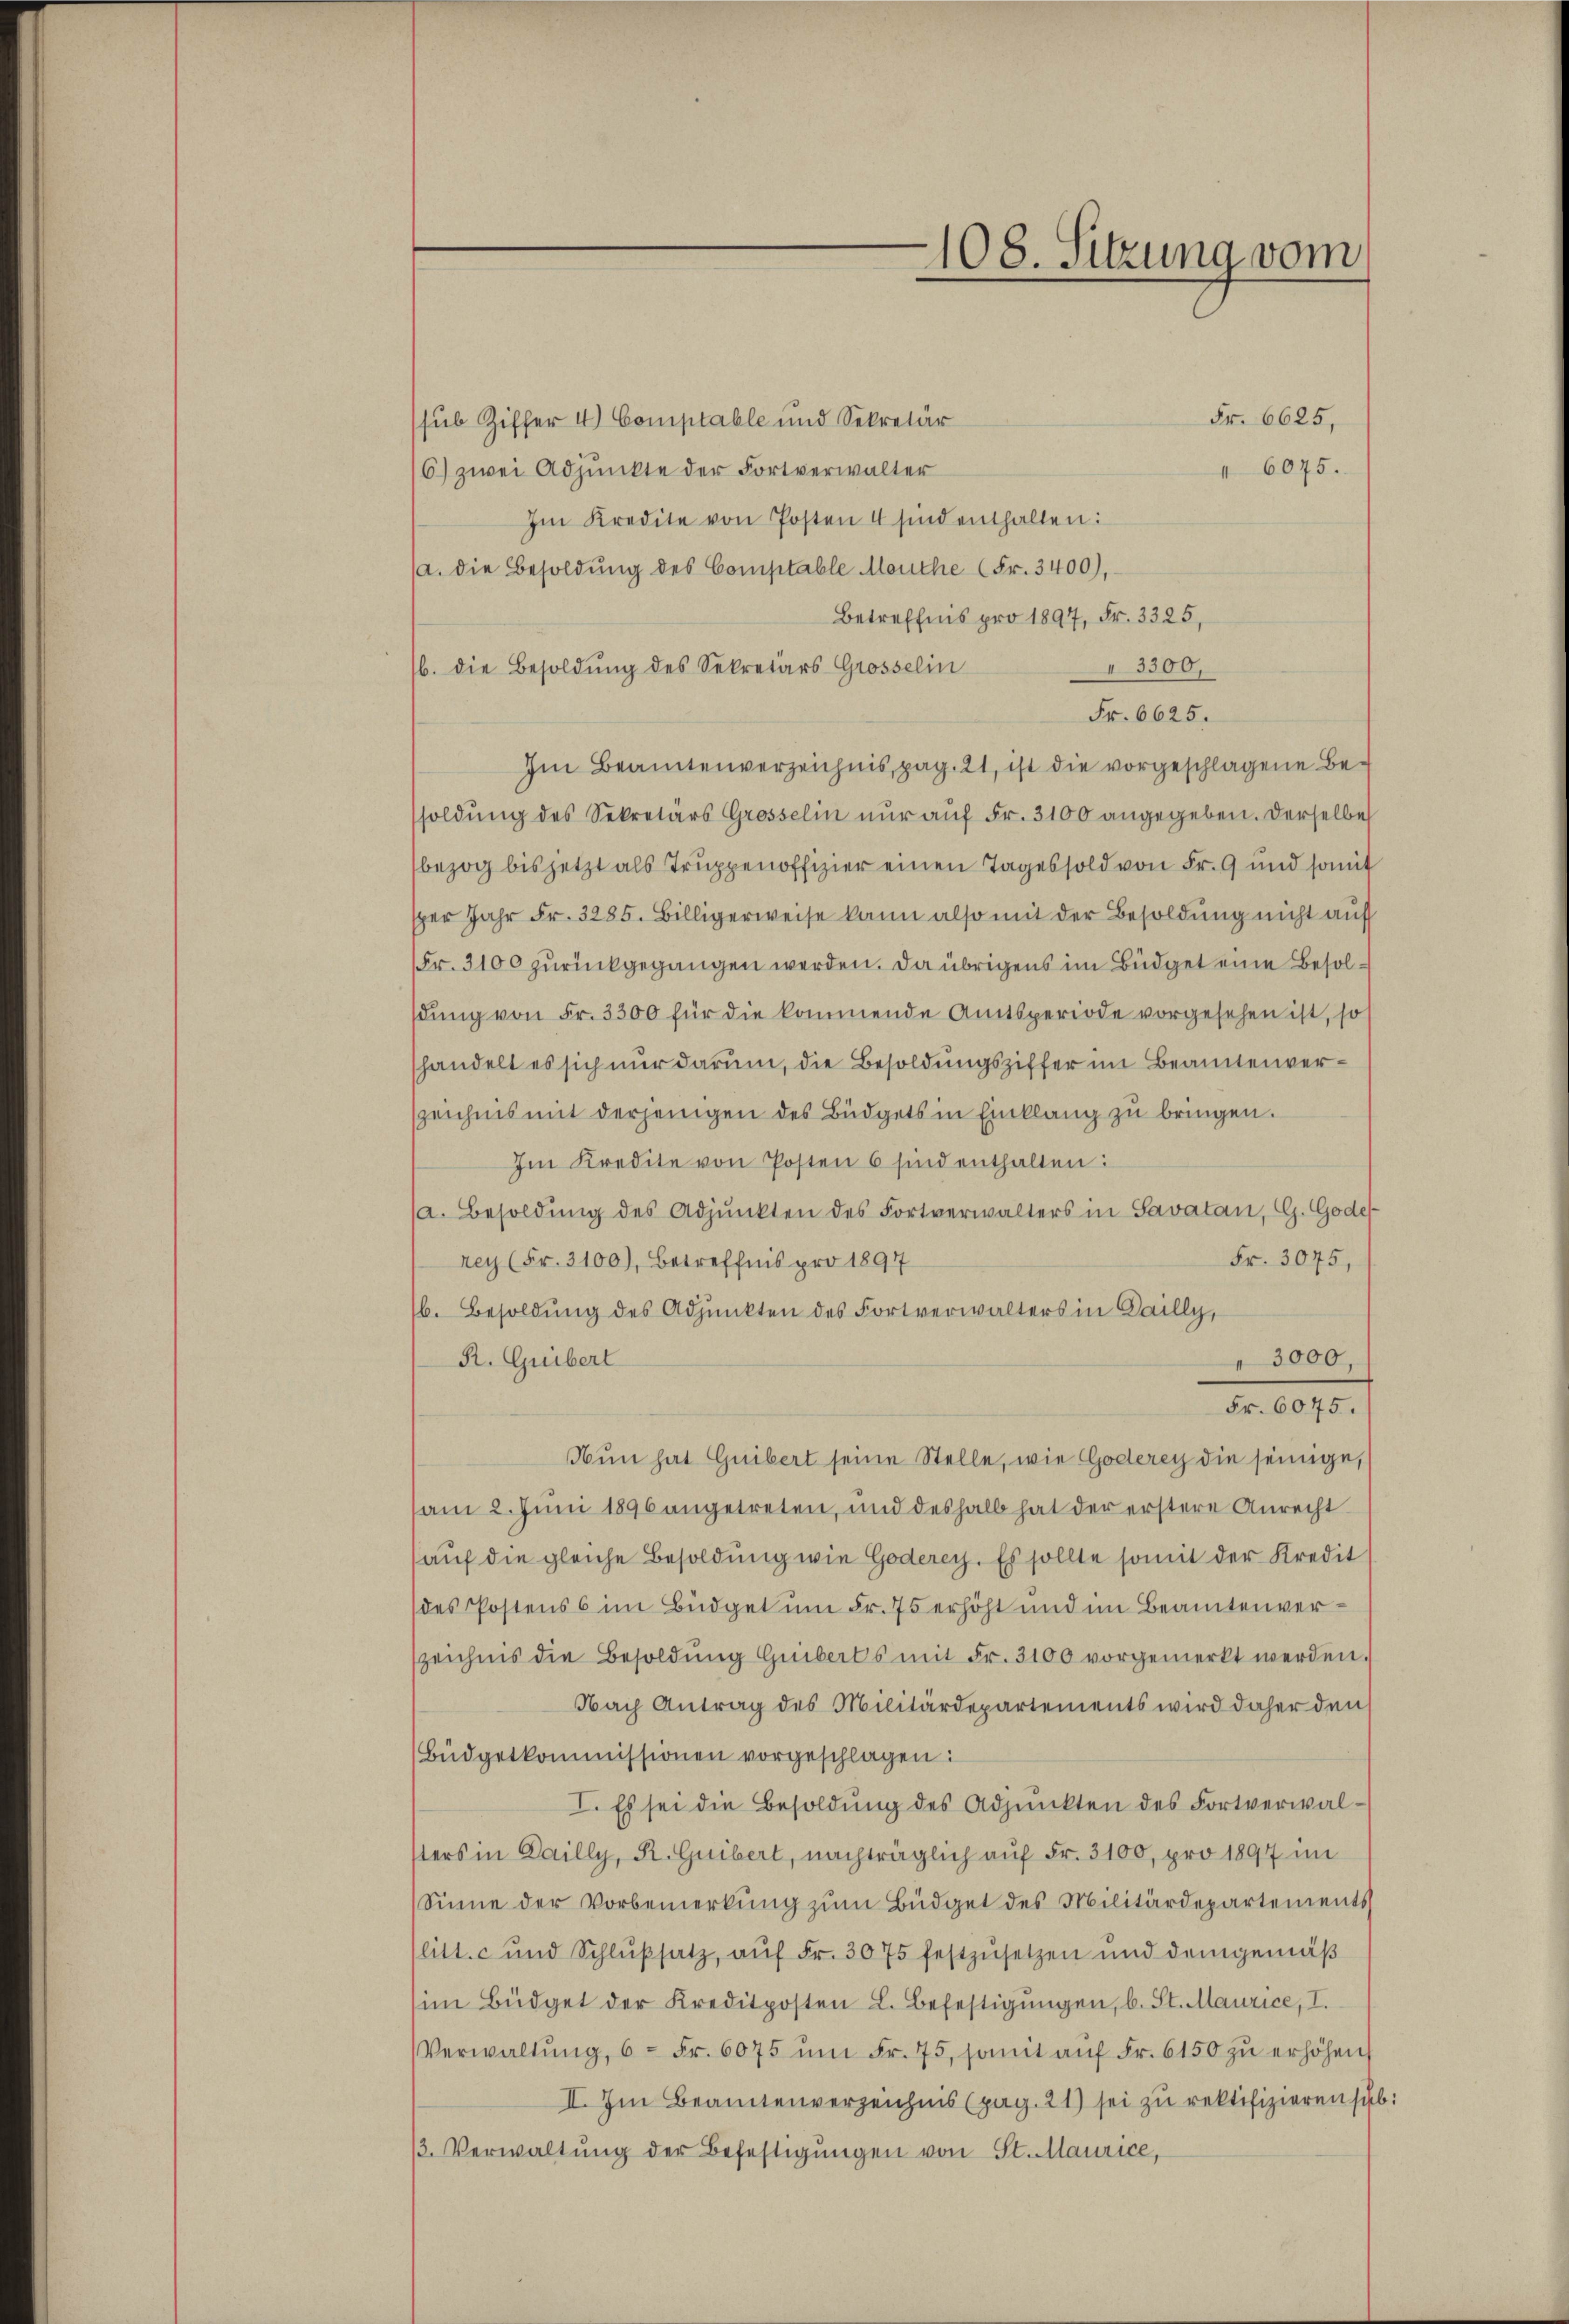
Fr. 6625,
sub Ziffer 4.) Comptable und Sekretär
6) zwei Adjunkte der Fortverwalter
46075.
Im Kredite von Posten 4 sind enthalten:
(a. die Besoldŭng des Comptable Mauthe (Fr. 3400),
Betreffnis pro 1894, Fr. 3325,
b. die Besoldŭng des Sekretärs Grosselin
3300,
Fr. 6625.
Im Beamtenverzeichnis, pag. 21, ist die vorgeschlagene Besoldung des Sekretärs Grosselin nŭr aŭf Fr. 3100 angegeben. Derselbe
bezog bis jetzt als Truppenoffizier einen Tages sold von Fr. 9 und somit
sper Jahr Fr. 3285. Billigerweise kann also mit der Besoldŭng nicht aus
Fr. 3100 zurückgegangen werden. Da übrigens im Büdget eine Besolsŭng von Fr. 3300 für die kommende Amtsperiode vorgesehen ist, so
handelt es sich nur darum, die Besoldungsziffer im Beamtenverszeichnis mit derjenigen des Büdgets in Einklang zu bringen.
Im Kredite von Posten 6 sind enthalten:
a. Besoldŭng des Adjunkten des Fortverwalters in Savatan, CG. Gode
Fr. 3075,
rey (Fr. 3100), Betreffnis pro 1897
b. Besoldung des Adjunkten des Fortverwalters in Gailly,
R. Guibert
3000,
Fr. 6075.
Nun hat Guibert seine Stelle, wie Goderey die seinige,
am 2. Jŭni 1896 angetreten, und deshalb hat der erstere Anrecht
aŭf die gleiche Besoldŭng wie Goderey. Es sollte somit der Kredit
(des Postens 6 im Büdget um Fr. 75 erhöht und im Beamtenverzeichnis die Besoldŭng Guiberts mit Fr. 3100 vorgemerkt werden.
Nach Antrag des Militärdepartements wird daher den
Büdgetkommissionen vorgeschlagen:
I. Es sei die Besoldŭng des Adjunkten des Fortverwalsters in Bailly, R. Guibert, nachträglich auf Fr. 3100, pro 1897 im
Sinne der Vorbemerkŭng zŭm Büdget des Militärdepartements
litt. c und Schlŭβsatz, aŭf Fr. 3075 festzŭsetzen und demgemäβ
im Büdget der Kreditposten L. Befestigŭngen, b. St. Maurice, I.
Verwaltŭng, 6 - Fr. 6075 ŭm Fr. 75, somit aŭf Fr. 6150 zŭ erhöhen
II. Im Beamtenverzeichnis (pag. 21) sei zŭ rektifizieren sub:
β. Verwaltŭng der Befestigŭngen von St. Maurice,

108. Sitzung vom